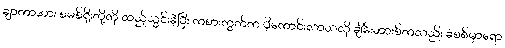
ချာကာအား စမစ်ရိုးတို့ကို ထည့်သွင်းခဲ့ပြီး ကစားကွက်က ပိုကောင်းလာသလို ချိမ်းဘားစ်ကလည်း ခံစစ်မှာရော